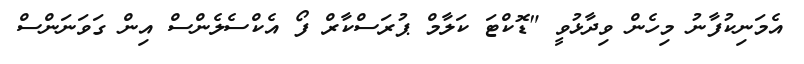
އެމަނިކުފާނު މިހެން ވިދާޅުވީ "ޑޮކްޓަ ކަލާމް ޕުރަސްކާރް ފޯ އެކްސެލެންސް އިން ގަވަނަންސް